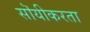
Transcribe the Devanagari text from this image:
सॊयीकरता